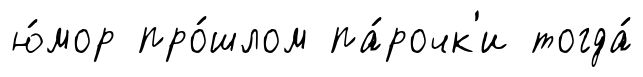
ю́мор про́шлом па́рочк'и тогда́